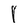
Character: I